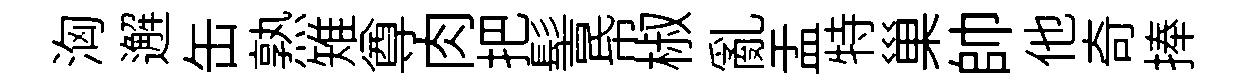
洶邂缶熟雉尊肉把髻帋椒亂盂特巢帥他奇捧